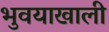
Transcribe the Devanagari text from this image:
भुवयाखाली